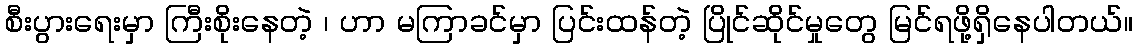
စီးပွားရေးမှာ ကြီးစိုးနေတဲ့ ၊ ဟာ မကြာခင်မှာ ပြင်းထန်တဲ့ ပြိုင်ဆိုင်မှုတွေ မြင်ရဖို့ရှိနေပါတယ်။